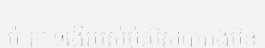
ម៉ារ៉ុក ទង្វើរបស់ប៉ូលិសបារាំងមិន